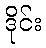
ဒိုင်း